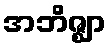
အဘိဇ္ဈာ